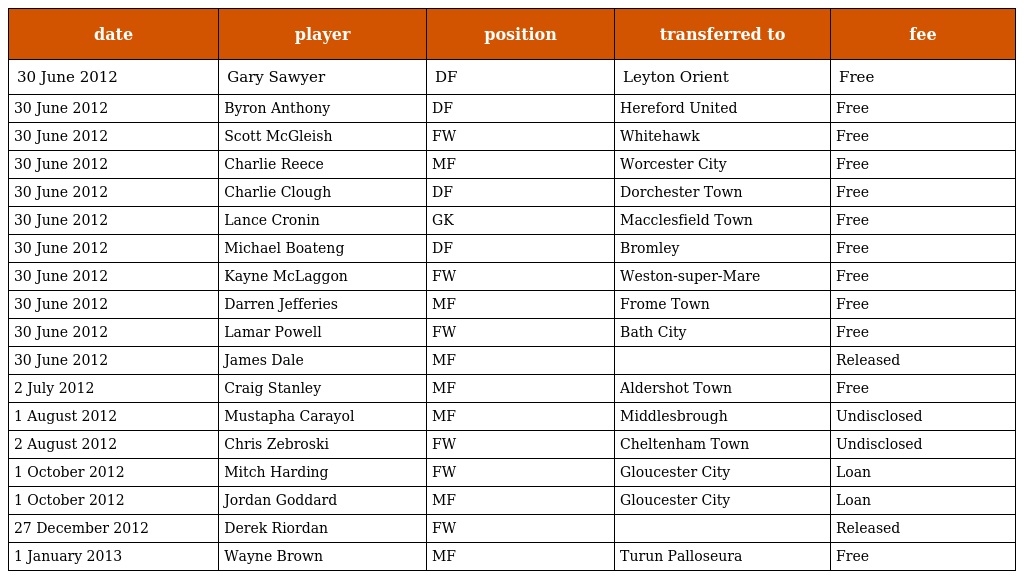
| date | player | position | transferred to | fee |
 | --- | --- | --- | --- | --- |
 | 30 June 2012 | Gary Sawyer | DF | Leyton Orient | Free |
 | 30 June 2012 | Byron Anthony | DF | Hereford United | Free |
 | 30 June 2012 | Scott McGleish | FW | Whitehawk | Free |
 | 30 June 2012 | Charlie Reece | MF | Worcester City | Free |
 | 30 June 2012 | Charlie Clough | DF | Dorchester Town | Free |
 | 30 June 2012 | Lance Cronin | GK | Macclesfield Town | Free |
 | 30 June 2012 | Michael Boateng | DF | Bromley | Free |
 | 30 June 2012 | Kayne McLaggon | FW | Weston-super-Mare | Free |
 | 30 June 2012 | Darren Jefferies | MF | Frome Town | Free |
 | 30 June 2012 | Lamar Powell | FW | Bath City | Free |
 | 30 June 2012 | James Dale | MF |  | Released |
 | 2 July 2012 | Craig Stanley | MF | Aldershot Town | Free |
 | 1 August 2012 | Mustapha Carayol | MF | Middlesbrough | Undisclosed |
 | 2 August 2012 | Chris Zebroski | FW | Cheltenham Town | Undisclosed |
 | 1 October 2012 | Mitch Harding | FW | Gloucester City | Loan |
 | 1 October 2012 | Jordan Goddard | MF | Gloucester City | Loan |
 | 27 December 2012 | Derek Riordan | FW |  | Released |
 | 1 January 2013 | Wayne Brown | MF | Turun Palloseura | Free |